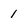
Character: 1